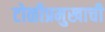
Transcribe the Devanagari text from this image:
टोळीप्रमुखाची